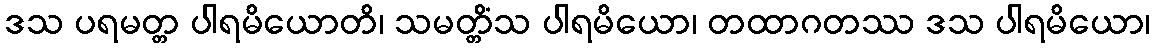
ဒသ ပရမတ္တ ပါရမိယောတိ၊ သမတ္တိံသ ပါရမိယော၊ တထာဂတဿ ဒသ ပါရမိယော၊